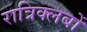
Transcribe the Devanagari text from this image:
रात्रिक्लबों